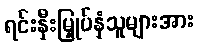
ရင်းနှီးမြှုပ်နှံသူများအား